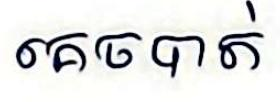
គេចបាត់